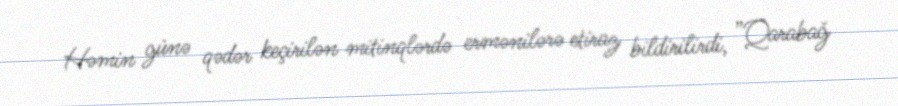
Həmin günə qədər keçirilən mitinqlərdə ermənilərə etiraz bildirilirdi, ”Qarabağ